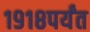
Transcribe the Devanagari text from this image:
१९१८पर्यंत